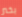
بخير